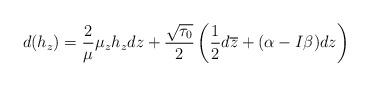
LaTeX: \begin{align*}d(h_z)=\frac{2}{\mu}\mu_zh_zdz+\frac{\sqrt{\tau_0}}{2}\left(\frac{1}{2}d\overline{z}+(\alpha-I\beta)dz\right)\end{align*}